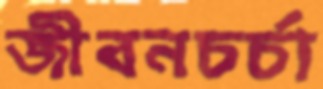
জীবনচর্চা